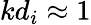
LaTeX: kd_{i}\approx 1